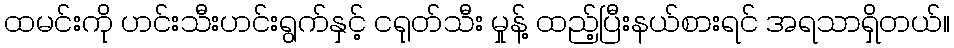
ထမင်းကို ဟင်းသီးဟင်းရွက်နှင့် ငရုတ်သီး မှုန့် ထည့်ပြီးနယ်စားရင် အရသာရှိတယ်။